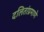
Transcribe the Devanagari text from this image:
दलितांप्रमाणे